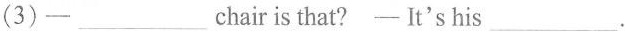
(3)-___chair is that?- ǐt's his